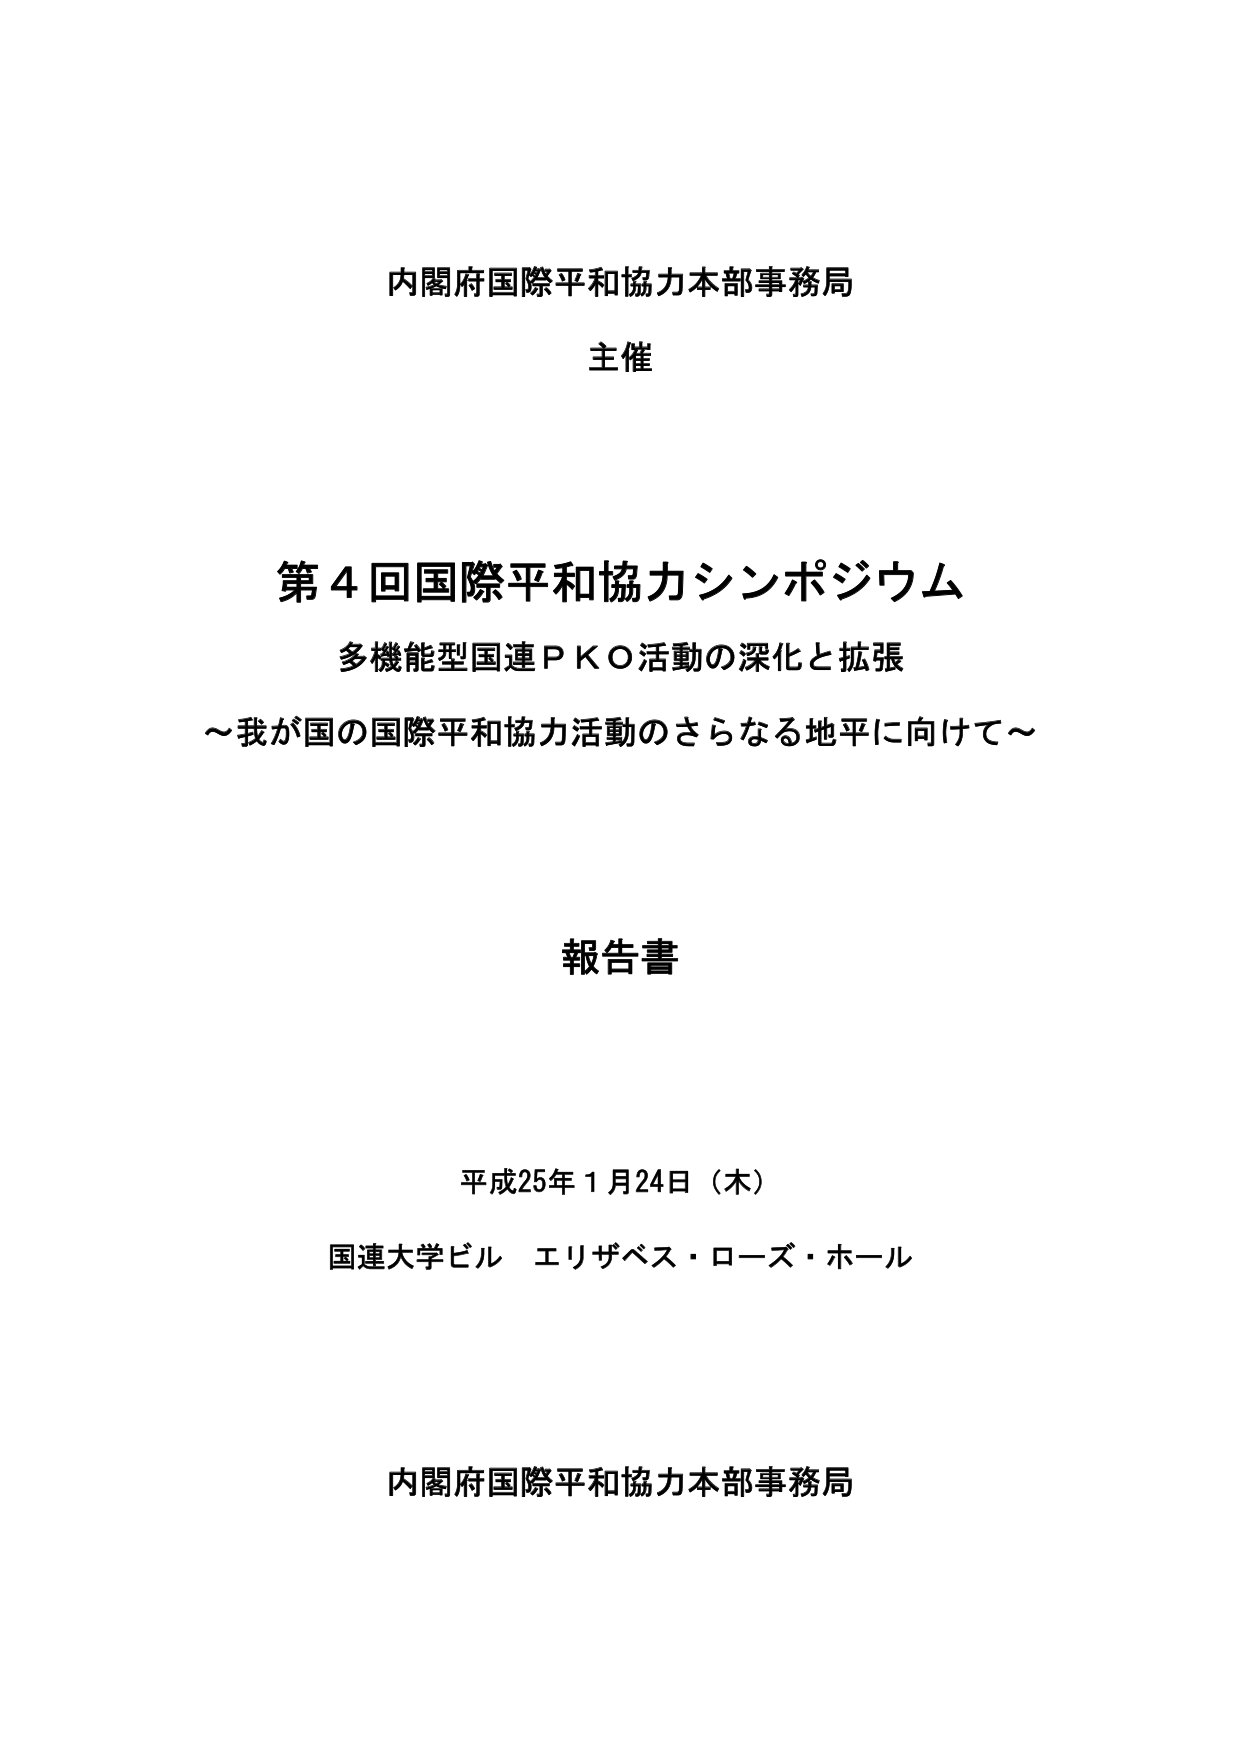
内閣府国際平和協力本部事務局
主催

第4回国際平和協力シンポジウム
多機能型国連ＰＫＯ活動の深化と拡張
～我が国の国際平和協力活動のさらなる地平に向けて～

報告書

平成25年1月24日（木）
国連大学ビル エリザベス・ローズ・ホール

内閣府国際平和協力本部事務局